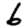
Digit: 6